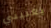
يعنيني